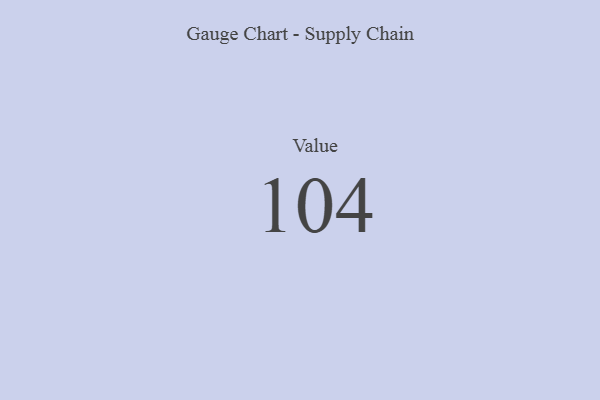
{"axis": {"x": "Metric", "y": "Value"}, "legend": [""], "data": [{"x": "Value", "y": 104, "type": ""}]}